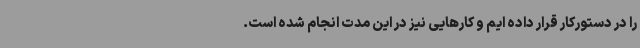
را در دستورکار قرار داده ایم و کارهایی نیز در این مدت انجام شده است.